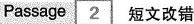
Passage 2 短文改错